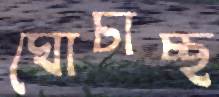
ঘোচাচ্ছ